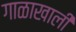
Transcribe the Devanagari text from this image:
गाळाखाली